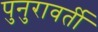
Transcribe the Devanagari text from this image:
पुनुरावर्ती